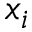
x _ { i }